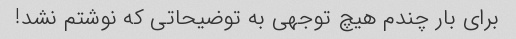
برای بار چندم هیچ توجهی به توضیحاتی که نوشتم نشد!